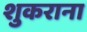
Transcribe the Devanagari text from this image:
शुकराना